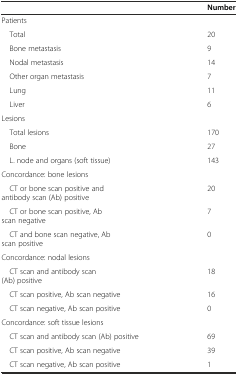
<table><thead><tr><td></td><td><b>Number</b></td></tr></thead><tbody><tr><td>Patients</td><td></td></tr><tr><td> Total</td><td>20</td></tr><tr><td> Bone metastasis</td><td>9</td></tr><tr><td> Nodal metastasis</td><td>14</td></tr><tr><td> Other organ metastasis</td><td>7</td></tr><tr><td> Lung</td><td>11</td></tr><tr><td> Liver</td><td>6</td></tr><tr><td>Lesions</td><td></td></tr><tr><td> Total lesions</td><td>170</td></tr><tr><td> Bone</td><td>27</td></tr><tr><td> L. node and organs (soft tissue)</td><td>143</td></tr><tr><td>Concordance: bone lesions</td><td></td></tr><tr><td> CT or bone scan positive and antibody scan (Ab) positive</td><td>20</td></tr><tr><td> CT or bone scan positive, Ab scan negative</td><td>7</td></tr><tr><td> CT and bone scan negative, Ab scan positive</td><td>0</td></tr><tr><td>Concordance: nodal lesions</td><td></td></tr><tr><td> CT scan and antibody scan (Ab) positive</td><td>18</td></tr><tr><td> CT scan positive, Ab scan negative</td><td>16</td></tr><tr><td> CT scan negative, Ab scan positive</td><td>0</td></tr><tr><td>Concordance: soft tissue lesions</td><td></td></tr><tr><td> CT scan and antibody scan (Ab) positive</td><td>69</td></tr><tr><td> CT scan positive, Ab scan negative</td><td>39</td></tr><tr><td> CT scan negative, Ab scan positive</td><td>1</td></tr></tbody></table>